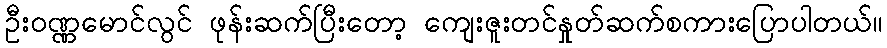
ဦးဝဏ္ဏမောင်လွင် ဖုန်းဆက်ပြီးတော့ ကျေးဇူးတင်နှုတ်ဆက်စကားပြောပါတယ်။